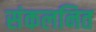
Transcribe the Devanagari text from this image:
संकलनित